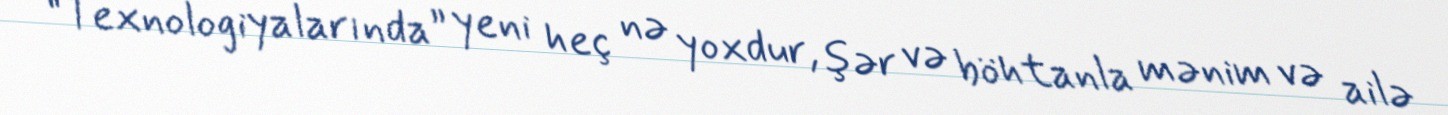
“Texnologiyalarında” yeni heç nə yoxdur, şər və böhtanla mənim və ailə